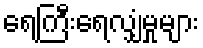
ရေကြီးရေလျှံမှုများ